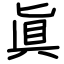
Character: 眞